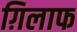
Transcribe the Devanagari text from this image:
ग़िलाफ